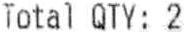
TOTAL QTY: 2